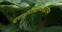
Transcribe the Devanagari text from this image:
ट्राईमैथिलकाईटोसन